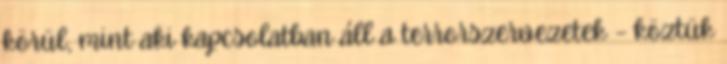
körül, mint aki kapcsolatban áll a terrorszervezetek – köztük